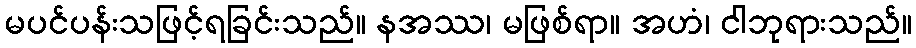
မပင်ပန်းသဖြင့်ရခြင်းသည်။ နအဿ၊ မဖြစ်ရာ။ အဟံ၊ ငါဘုရားသည်။